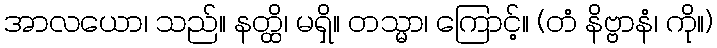
အာလယော၊ သည်။ နတ္ထိ၊ မရှိ။ တသ္မာ၊ ကြောင့်။ (တံ နိဗ္ဗာနံ၊ ကို။)